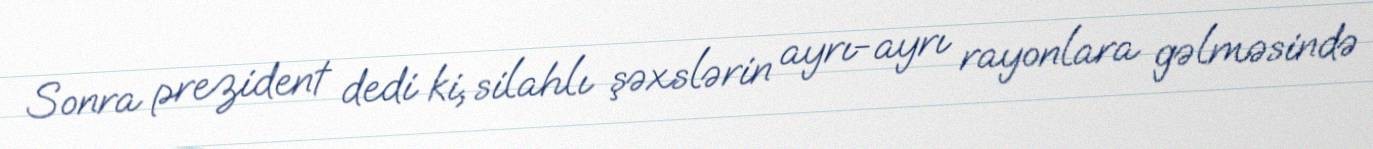
Sonra prezident dedi ki, silahlı şəxslərin ayrı-ayrı rayonlara gəlməsində